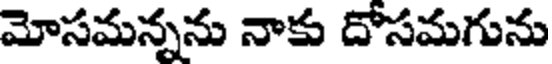
మోసమన్నను నాకు దోసమగును